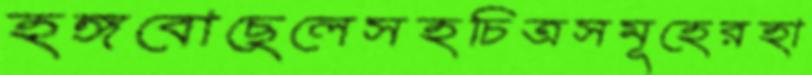
হঙ্গবোছেলেসহচিত্রসমূহেরহা